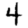
Digit: 4